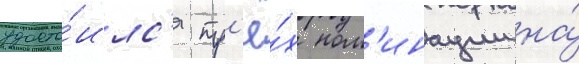
удосто́илс'я тр'ё́х ном'инации на́